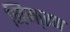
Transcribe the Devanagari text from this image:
निमा्रण